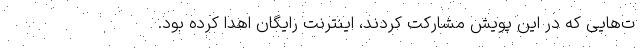
ت‌هایی که در این پویش مشارکت کردند، اینترنت رایگان اهدا کرده بود.